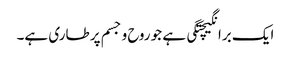
ایک برانگیچتگی ہے جو روح و جسم پر طاری ہے۔